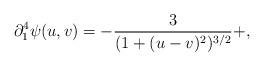
LaTeX: \begin{align*}\partial_1^4 \psi(u,v) = -\frac{3}{(1+(u-v)^2)^{3/2}} + ,\end{align*}